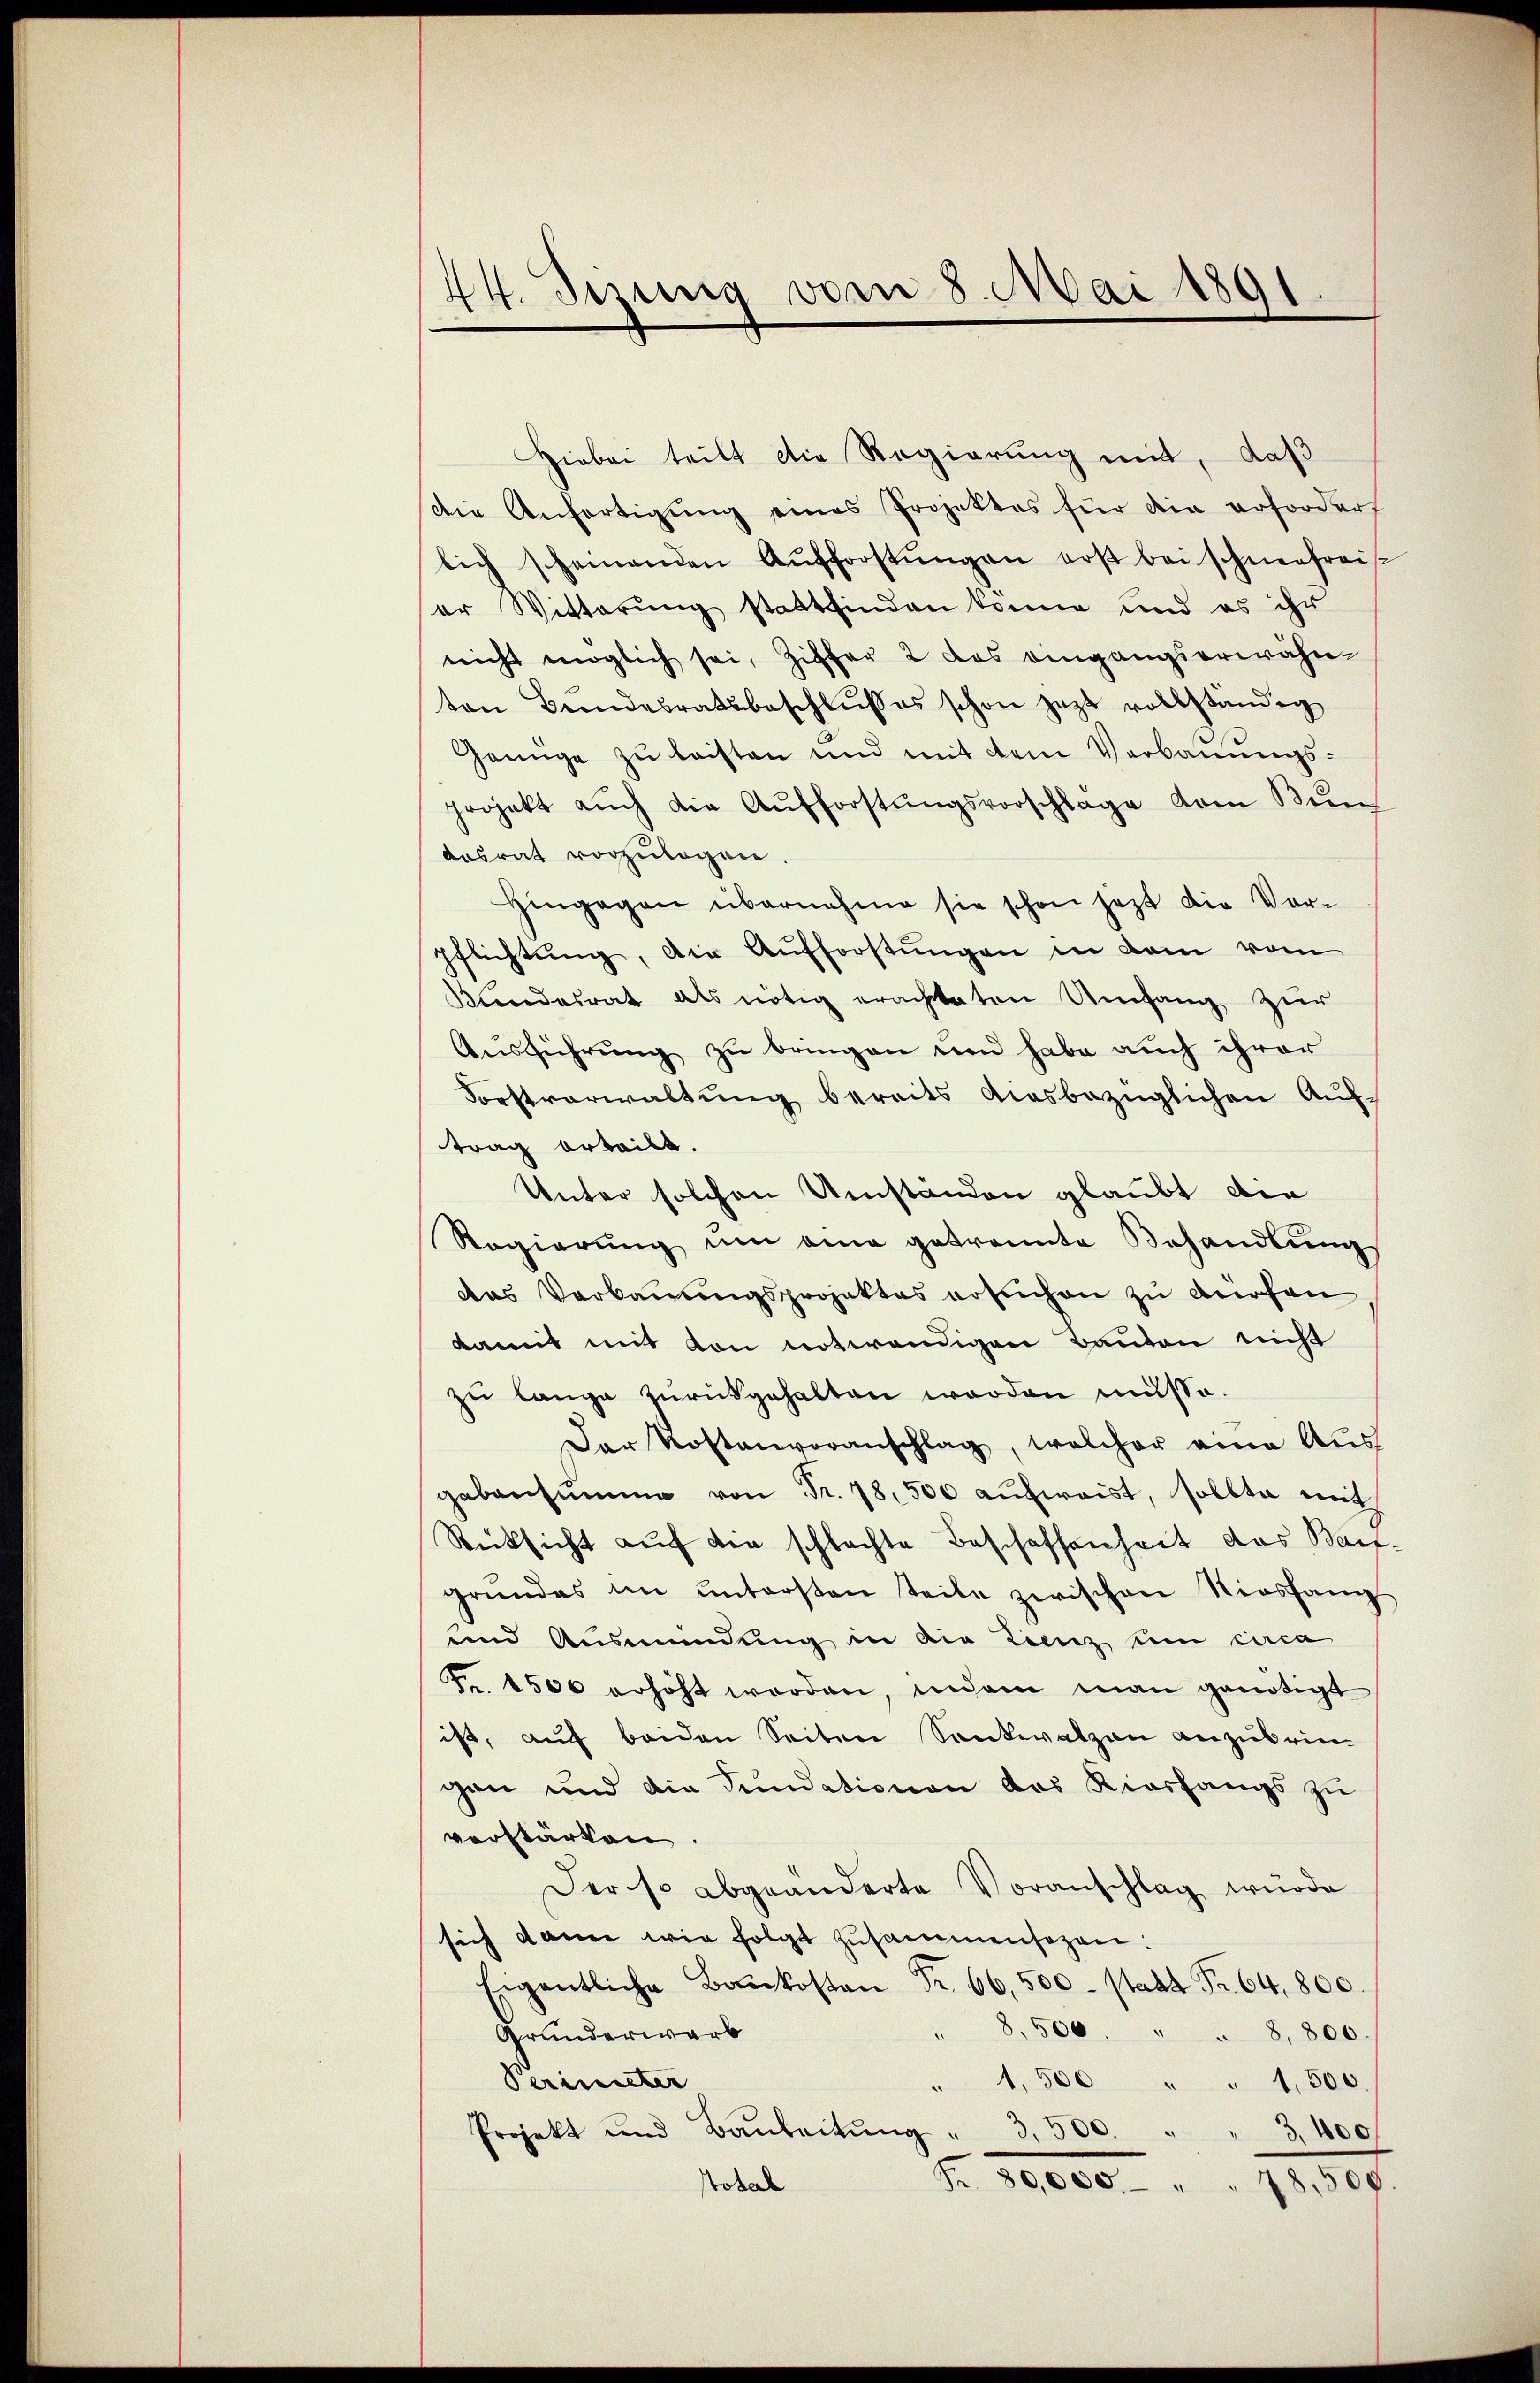
44. Jezung vom 8. Mai 1891

Hiebei teilt die Regierung mit, daß
die Anfertigung eines Projektes für die erfordert
lich scheinenden Aŭfforstŭngen erst bei schneefrei-
er Witterung stattfinden könne und es ihr
nicht möglich sei, Ziffer 2 das eingangserwähnton Bandesratsbeschlŭsses schon jetzt vollständig
Genüge zu leisten und mit dem Verbauungsprojekt auch die Aufforstŭngsvorschlage vom Bun
Aasrat vorzulegen.
hingegen übernahme sie schon jetzt die Vorpflichtŭng, die Aufforstŭngen in dem vom
Kundesrat als nötig erachteten Umfang zur
Ausführung zu bringen und habe auch ihrer
Forstverwaltung bereits ausbezüglichen Auf-
trag erteilt.
Unter solchen Umständen glaubt die
Regierŭng ŭm eine getrannte Behandlŭng
das Verbauungsprojektes ersuchen zu dürfen,
damit mit von notwendigen Bauten nicht
zŭ lange zŭrückgehalten worden müsse.
Der Kostenvoranschlag, welcher eine Aus
gebensumme von Fr. 78,500 aufweist, sollte mit
Rücksicht auf die schlachte Beschaffenheit das Baigrundes im untersten teile zwischen Niesfang
und Ausmündung in die Lienz um circa
Fr. 4500 erhöht worden, indem man genötigt
ist, auf beiden Seiten Senkwalzen anzubringen und die Fundationen das Kiesfangs zu
verstärken
Der so abgeänderte Voranschlag wurde
sich dann wie folgt zusammensazen:
Eigentliche Baukosten Fr. 66,500 statt Fr. 64,800.
8.500. " " 8,800.

Grunderwarb
Perinister
" 1,500 " " 1,500.
Projekt und Barbeitŭng " 3,500.
3,400
Nr. 80000.   "   18,800.
Stotal